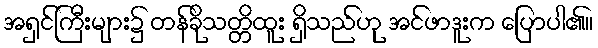
အရှင်ကြီးများ၌ တန်ခိုသတ္တိထူး ရှိသည်ဟု အင်ဖာဒူးက ပြောပါ၏။